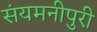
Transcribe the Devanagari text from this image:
संयमनीपुरी